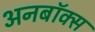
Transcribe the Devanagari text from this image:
अनबॉक्स